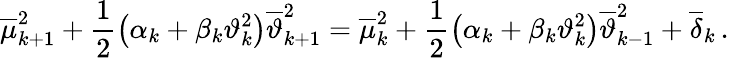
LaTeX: {\overline{{\mu}}}_{k+1}^{2}+\frac{1}{2}\left({\alpha}_{k}+{\beta}_{k}{\vartheta}_{k}^{2}\right){\overline{{\vartheta}}}_{k+1}^{2}={\overline{{\mu}}}_{k}^{2}+\frac{1}{2}\left({\alpha}_{k}+{\beta}_{k}{\vartheta}_{k}^{2}\right){\overline{{\vartheta}}}_{k-1}^{2}+{\overline{{\delta}}}_{k}\, .